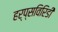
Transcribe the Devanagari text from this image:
हर्प्सविरिडी